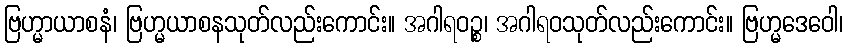
ဗြဟ္မာယာစနံ၊ ဗြဟ္မယာစနသုတ်လည်းကောင်း။ အဂါရဝဉ္စ၊ အဂါရဝသုတ်လည်းကောင်း။ ဗြဟ္မဒေဝေါ၊